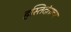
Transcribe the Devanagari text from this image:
हस्तिदंताचा